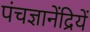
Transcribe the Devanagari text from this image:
पंचज्ञानेंद्रियें